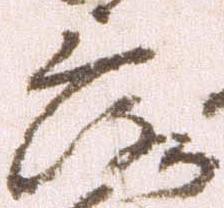
落